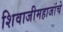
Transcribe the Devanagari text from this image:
शिवाजीमहाजांचे